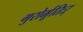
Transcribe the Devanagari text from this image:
गुरोर्मूतिःर्